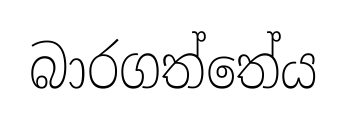
බාරගත්තේය